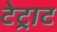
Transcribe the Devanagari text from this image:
टेट्राट